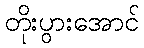
တိုးပွားအောင်